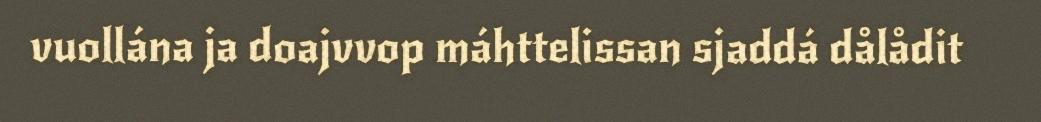
vuollána ja doajvvop máhttelissan sjaddá dålådit